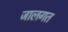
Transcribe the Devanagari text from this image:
जालगत